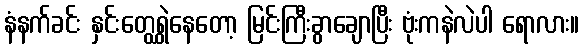
နံနက်ခင်း နှင်းတွေရွှဲနေတော့ မြင်းကြီးခွာချောပြီး ဗုံးကနဲလဲပါ ရောလား။